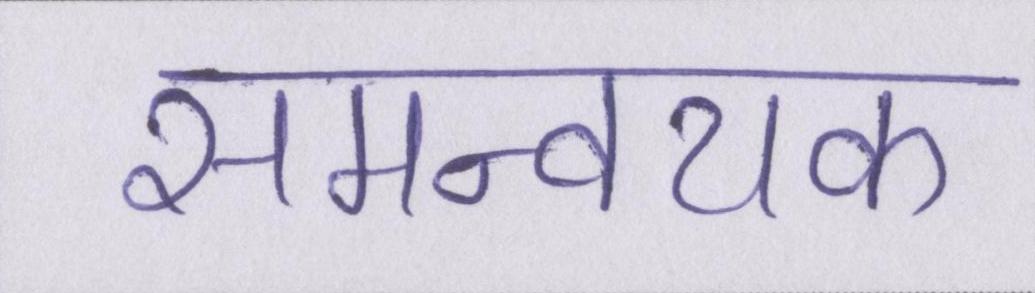
समन्वयक